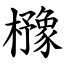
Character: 櫲